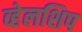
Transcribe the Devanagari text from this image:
व्हेलशिप